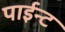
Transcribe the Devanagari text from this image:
पाईन्ट